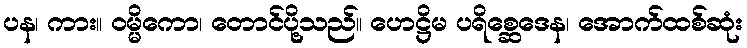
ပန၊ ကား။ ဝမ္မိကော၊ တောင်ပို့သည်။ ဟေဋ္ဌိမ ပရိစ္ဆေဒေန၊ အောက်ထစ်ဆုံး